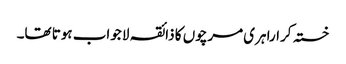
خستہ کرارا ہری مرچوں کا ذائقہ لا جواب ہوتا تھا۔